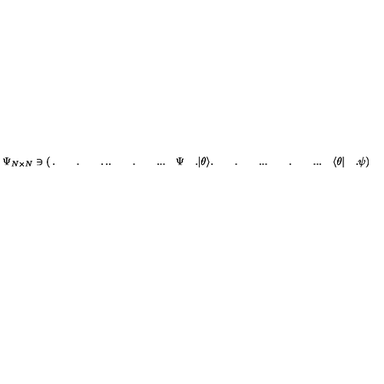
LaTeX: \Psi _ { N \times N } \ni \left( \begin{matrix} { . \qquad . \qquad . } & { . } \\ { . \qquad . \qquad . } & { . } \\ { . \quad \Psi \quad . } & { | \theta \rangle } \\ { . \qquad . \qquad . } & { . } \\ { . \qquad . \qquad . } & { . } \\ { . \quad \langle \theta | \quad . } & { \psi } \\ \end{matrix} \right) _ { ( N + 1 ) \times ( N + 1 ) } .